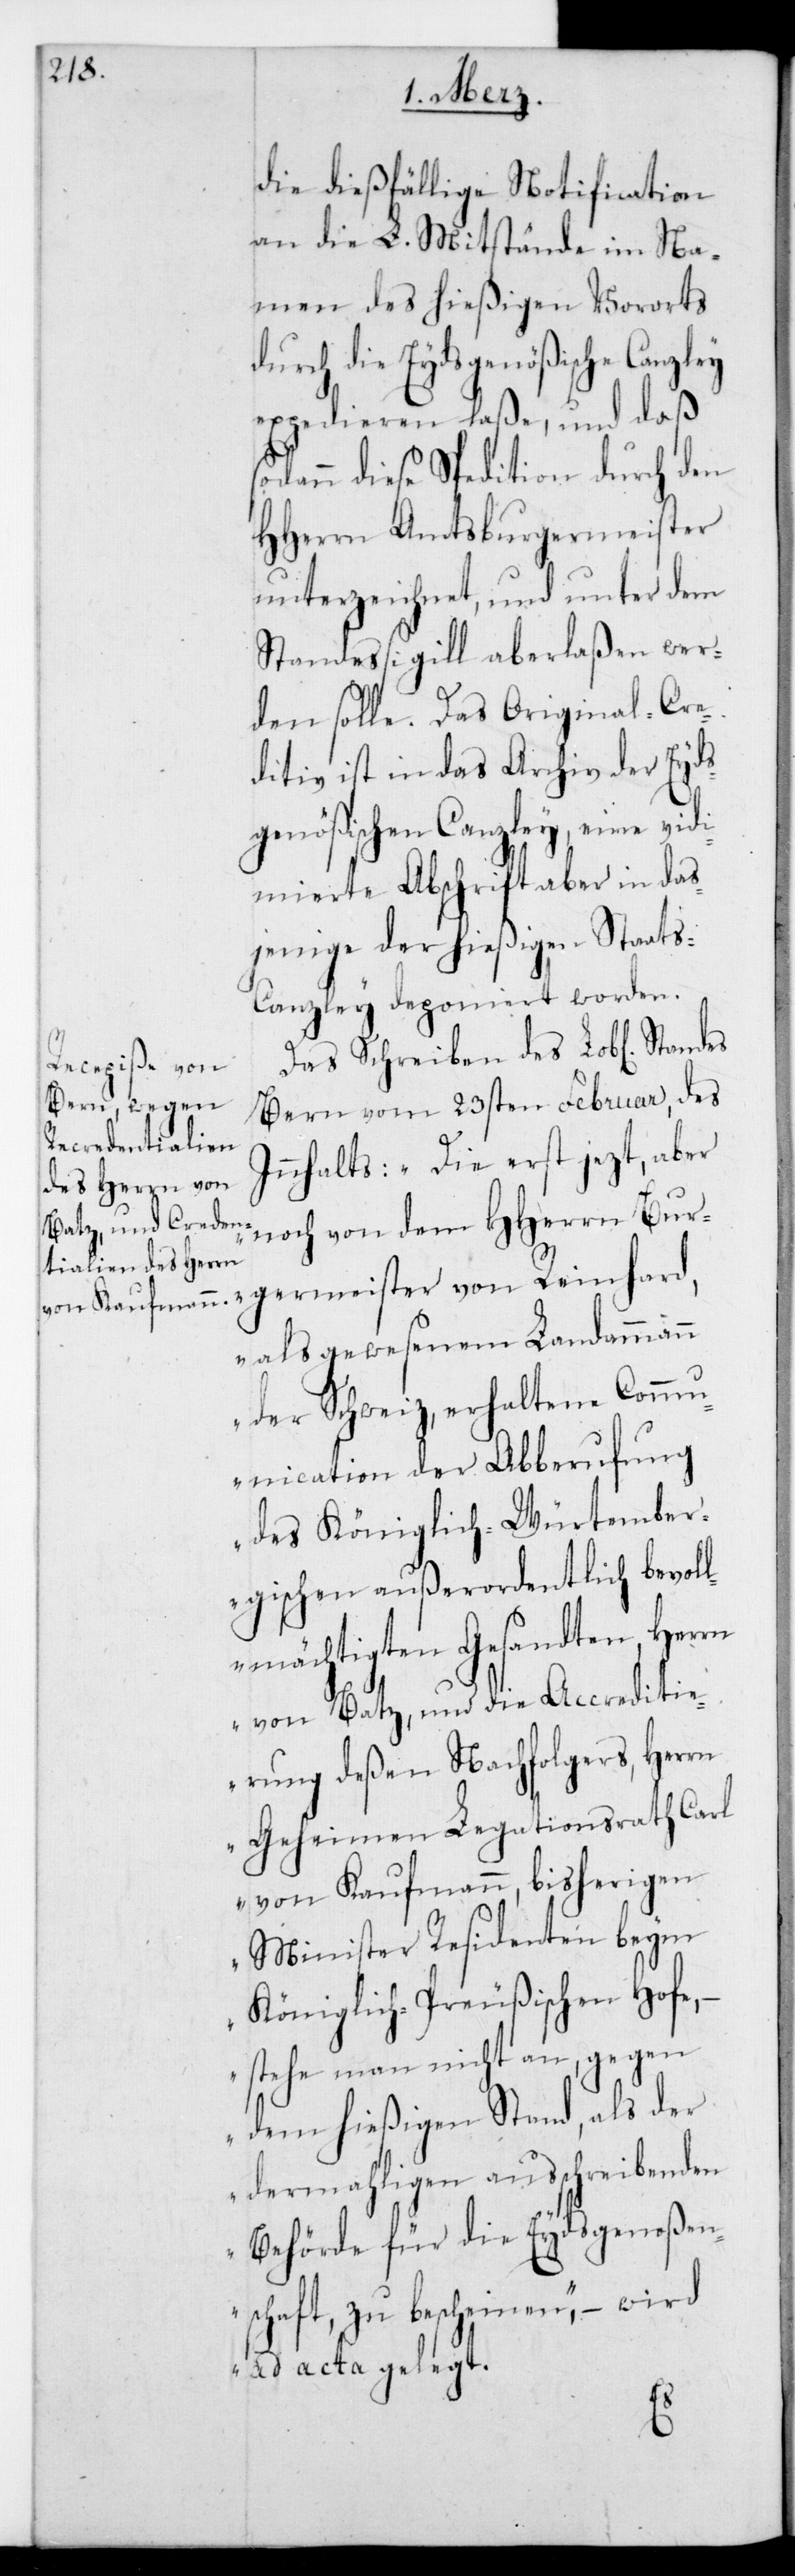
die dießfällige Notification
an die L. Mitstände im Na¬
men des hießigen Vororts
durch die Eydsgenößische Canzley
expedieren laße, und daß
dann diese Spedition durch den
HHerrn Amtsburgermeister
unterzeichnet, und unter dem
Standessigill aberlaßen wer¬
den solle. Das Original-Cre¬
ditiv ist in das Archiv der Eyds¬
genößischen Canzley, eine vid¬
imierte Abschrift aber in das¬
jenige der hießigen Staats¬
canzley deponiert worden.
Das Schreiben des L. Standes
Bern vom 23sten Februar des
Innhalts: „Die erst jezt, aber
noch von dem HHerrn Bur¬
germeister von Reinhard,
als gewesenen Landammann
der Schweiz erhaltene Comm¬
unication der Abberufung
des Königlich-Würtember¬
gischen außerordentlich bevol¬
lmächtigten Gesandten, Her¬
rn von Batz, und die Accrediti¬
erung deßen Nachfolgers, Herrn
Geheimen Legationsrath Carl
von Kaufmann, bisherigen
Minister Residenten beym
Königlich-Preußischen Hofe,
stehe man nicht an, gegen
dem hießigen Stand, als der
dermahligen ausschreibenden
Behörde für die Eydsgenoßen¬
schaft, zu bescheinen“, – wird
ad acta gelegt.
so¬